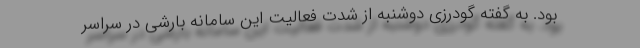
بود. به گفته گودرزی دوشنبه از شدت فعالیت این سامانه بارشی در سراسر